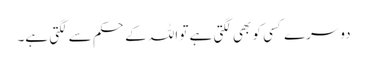
دوسرے کسی کو بھی لگتی ہے تو اللہ کے حکم سے لگتی ہے۔